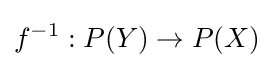
f^{-1}:P(Y)\to P(X)